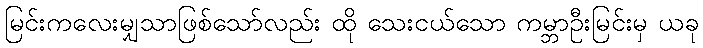
မြင်းကလေးမျှသာဖြစ်သော်လည်း ထို သေးငယ်သော ကမ္ဘာဦးမြင်းမှ ယခု